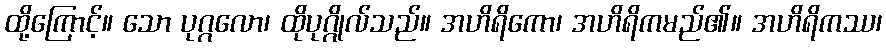
ထို့ကြောင့်။ သော ပုဂ္ဂလော၊ ထိုပုဂ္ဂိုလ်သည်။ အဟိရိကော၊ အဟိရိကမည်၏။ အဟိရိကဿ၊